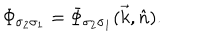
LaTeX: { \mit \Phi } _ { \sigma _ { 2 } \sigma _ { 1 } } = { \mit \Phi } _ { \sigma _ { 2 } \sigma _ { 1 } } ( \vec { k } , \hat { n } ) .